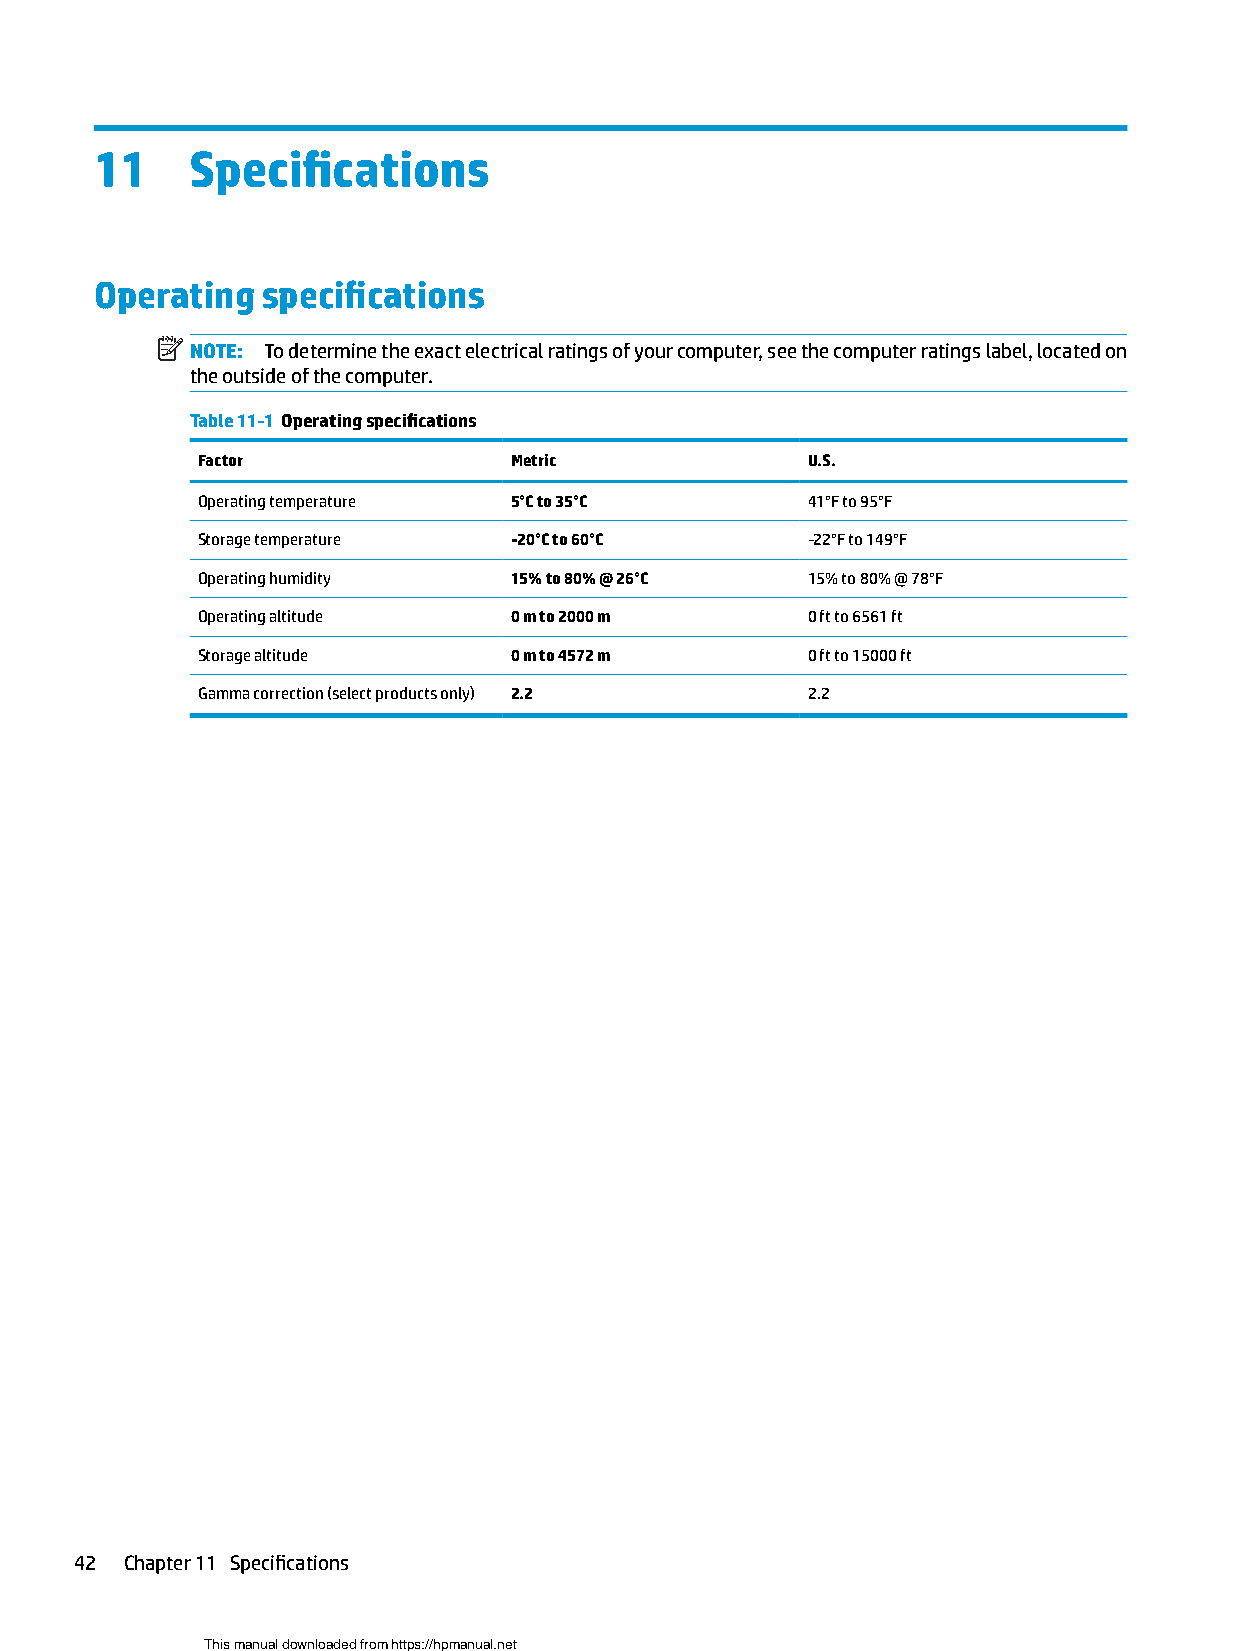
11    Specifications
 Operating  specifications
 NOTE: To determine the exact electrical ratings of your computer, see the computer ratings label, located on
 the outside of the computer.
 Table 11-1 Operating specifications
 Factor               Metric             U.S.
 Operating temperature 5°C to 35°C       41°F to 95°F
 Storage temperature  -20°C to 60°C      -22°F to 149°F
 Operating humidity   15% to 80% @ 26°C  15% to 80% @ 78°F
 Operating altitude   0 m to 2000 m      0 ft to 6561 ft
 Storage altitude     0 m to 4572 m      0 ft to 15000 ft
 Gamma correction (select products only) 2.2 2.2
 42 Chapter 11 Specifications
 This manual downloaded from https://hpmanual.net